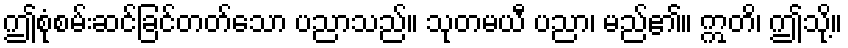
ဤစုံစမ်းဆင်ခြင်တတ်သော ပညာသည်။ သုတမယီ ပညာ၊ မည်၏။ ဣတိ၊ ဤသို့။